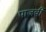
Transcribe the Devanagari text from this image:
पाजवी